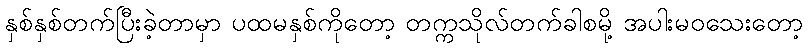
နှစ်နှစ်တက်ပြီးခဲ့တာမှာ ပထမနှစ်ကိုတော့ တက္ကသိုလ်တက်ခါစမို့ အပါးမဝသေးတော့